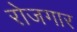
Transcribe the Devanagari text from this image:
राेजगार